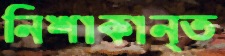
নিশাকান্ত